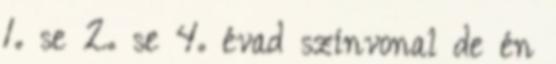
1. se 2. se 4. évad színvonal de én